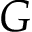
G